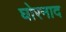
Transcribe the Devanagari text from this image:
घोरनाद